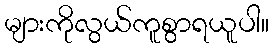
များကိုလွယ်ကူစွာရယူပါ။